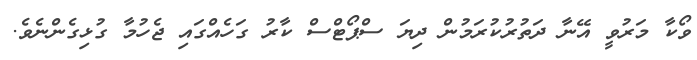
ވޯކާ މަރުވީ އޭނާ ދަތުރުކުރަމުން ދިޔަ ސްޕޯޓްސް ކާރު ގަހެއްގައި ޖެހުމާ ގުޅިގެންނެވެ.